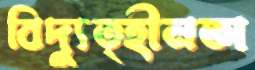
বিদ্যুত্হীনতা